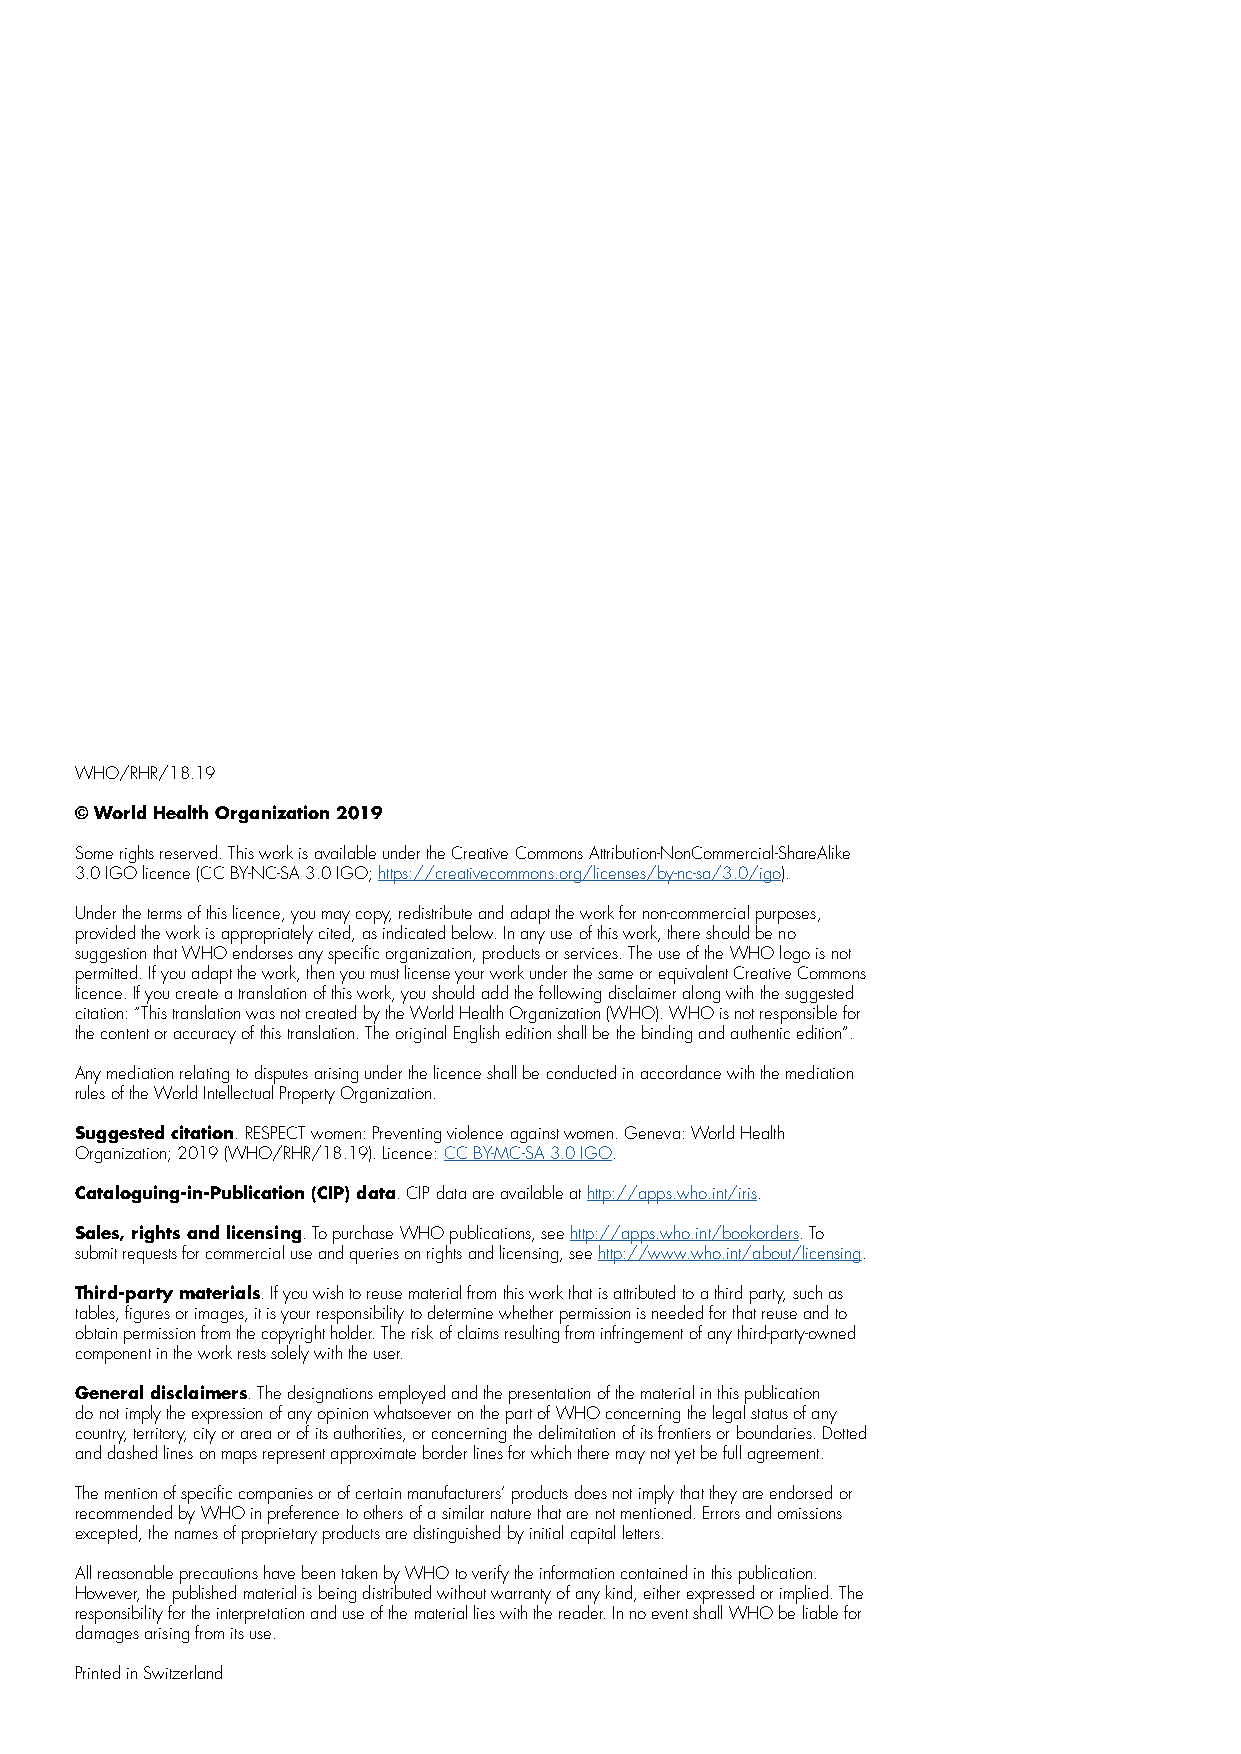
WHO/RHR/18.19
 © World Health Organization 2019
 Some rights reserved. This work is available under the Creative Commons Attribution-NonCommercial-ShareAlike
 3.0 IGO licence (CC BY-NC-SA 3.0 IGO; https://creativecommons.org/licenses/by-nc-sa/3.0/igo).
 Under the terms of this licence, you may copy, redistribute and adapt the work for non-commercial purposes,
 provided the work is appropriately cited, as indicated below. In any use of this work, there should be no
 suggestion that WHO endorses any specific organization, products or services. The use of the WHO logo is not
 permitted. If you adapt the work, then you must license your work under the same or equivalent Creative Commons
 licence. If you create a translation of this work, you should add the following disclaimer along with the suggested
 citation: “This translation was not created by the World Health Organization (WHO). WHO is not responsible for
 the content or accuracy of this translation. The original English edition shall be the binding and authentic edition”.
 Any mediation relating to disputes arising under the licence shall be conducted in accordance with the mediation
 rules of the World Intellectual Property Organization.
 Suggested citation. RESPECT women: Preventing violence against women. Geneva: World Health
 Organization; 2019 (WHO/RHR/18.19). Licence: CC BY-MC-SA 3.0 IGO.
 Cataloguing-in-Publication (CIP) data. CIP data are available at http://apps.who.int/iris.
 Sales, rights and licensing. To purchase WHO publications, see http://apps.who.int/bookorders. To
 submit requests for commercial use and queries on rights and licensing, see http://www.who.int/about/licensing.
 Third-party materials. If you wish to reuse material from this work that is attributed to a third party, such as
 tables, figures or images, it is your responsibility to determine whether permission is needed for that reuse and to
 obtain permission from the copyright holder. The risk of claims resulting from infringement of any third-party-owned
 component in the work rests solely with the user.
 General disclaimers. The designations employed and the presentation of the material in this publication
 do not imply the expression of any opinion whatsoever on the part of WHO concerning the legal status of any
 country, territory, city or area or of its authorities, or concerning the delimitation of its frontiers or boundaries. Dotted
 and dashed lines on maps represent approximate border lines for which there may not yet be full agreement.
 The mention of specific companies or of certain manufacturers’ products does not imply that they are endorsed or
 recommended by WHO in preference to others of a similar nature that are not mentioned. Errors and omissions
 excepted, the names of proprietary products are distinguished by initial capital letters.
 All reasonable precautions have been taken by WHO to verify the information contained in this publication.
 However, the published material is being distributed without warranty of any kind, either expressed or implied. The
 responsibility for the interpretation and use of the material lies with the reader. In no event shall WHO be liable for
 damages arising from its use.
 Printed in Switzerland